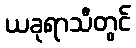
ယခုရာသီတွင်